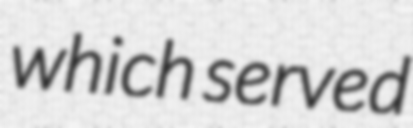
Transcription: which served